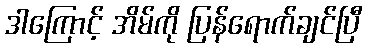
ဒါကြောင့် အိမ်ကို ပြန်ရောက်ချင်ပြီ